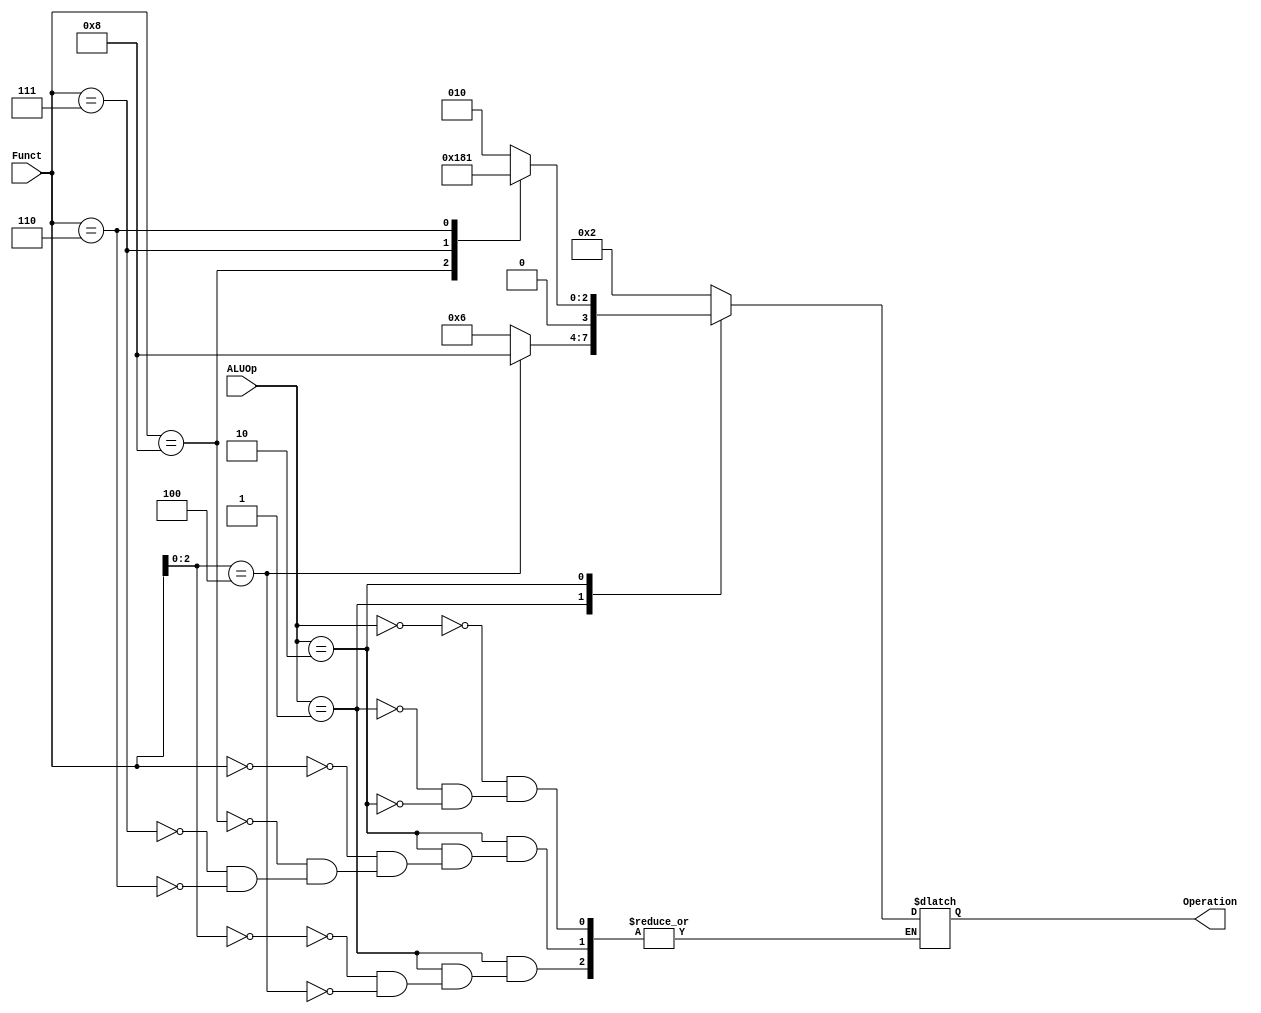
`timescale 1ns / 1ps

module ALU_Control(ALUOp, Funct, Operation);

input [1:0] ALUOp;
input [3:0] Funct;
output reg [3:0] Operation;

always@ (*)
begin
    case (ALUOp)
        2'b00:
        begin
            Operation = 4'b0010;
        end
        2'b01:
        begin
            case(Funct[2:0])
            3'b000:
                Operation = 4'b0110; //beq
            3'b100:
                Operation = 4'b1000; //blt
            endcase        
            
        end
        2'b10:
        begin
            case (Funct)
                4'b0000:
                    Operation = 4'b0010;
                4'b1000:
                    Operation = 4'b0110;
                4'b0111:
                    Operation = 4'b0000;
                4'b0110:
                    Operation = 4'b0001;
             endcase
        end
    endcase
end

endmodule